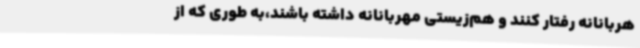
هربانانه رفتار کنند و هم‌زیستی مهربانانه داشته‌ باشند،به طوری که از